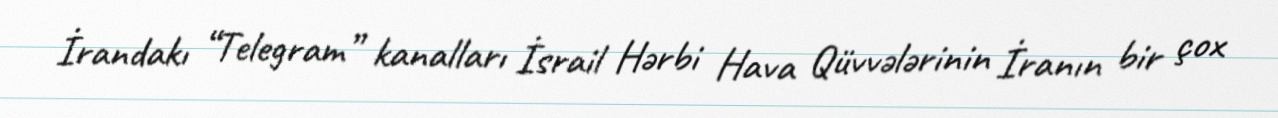
İrandakı “Telegram” kanalları İsrail Hərbi Hava Qüvvələrinin İranın bir çox